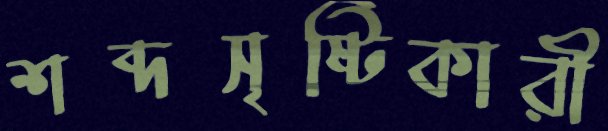
শব্দসৃষ্টিকারী